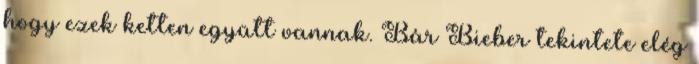
hogy ezek ketten együtt vannak. Bár Bieber tekintete elég